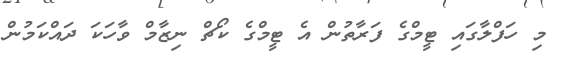
މި ހަފްލާގައި ޓީމްގެ ފަރާތުން އެ ޓީމްގެ ކޯޗް ނިޒާމް ވާހަކަ ދައްކަމުން